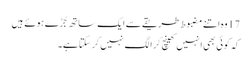
17 وہ اتنے مضبوط طریقے سے ایک ساتھ جُڑے ہو ئے ہیں
کہ کو ئی بھی انہیں کھینچ کر الگ نہیں کر سکتا ہے۔